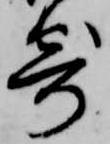
寄